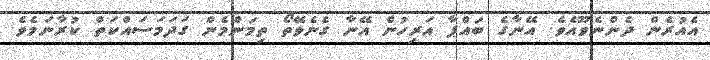
އެއުރެން ދެންނެވޫއެވެ. އޭނާގެ ބައްޕާ އަރިހުން އޭނާ ގެނެވޭތޯ ތިމަންމެން ގަދަމަސައްކަތް ކުރާނަމެވެ.